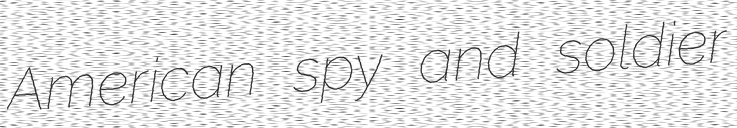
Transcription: American spy and soldier